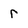
Character: r